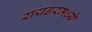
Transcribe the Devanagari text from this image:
रायडरमध्ये